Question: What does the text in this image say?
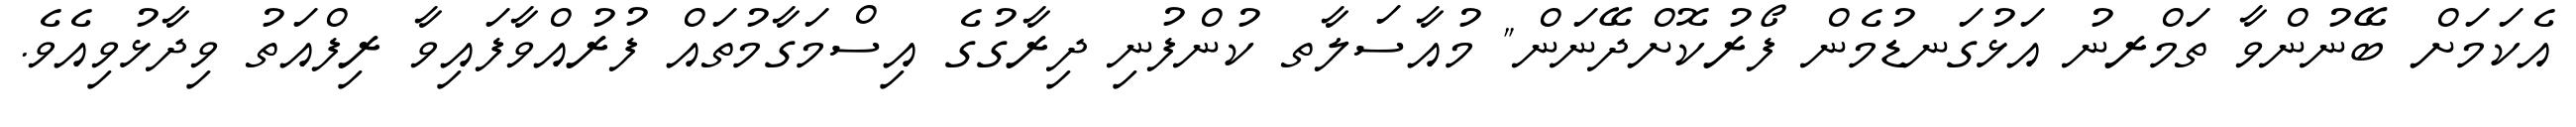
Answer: އެކަމަށް ބޭނުންވާ ތަމްރނު އަޅުގަނޑުމެން ފޯރުކޮށްދޭނަން" މުއާސަލާތ ކުންފުނި ދިރާގުގެ އިސްމަގާމުތައް ފުރުއްވާފައިވާ ރިފްއަތު ވިދާޅުވިއެވެ.